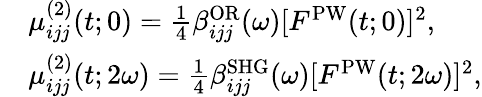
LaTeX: \begin{array}{rl}&{\mu_{ijj}^{(2)}(t;0)=\frac{1}{4}\beta_{ijj}^{\mathrm{OR}}(\omega)[F^{\mathrm{PW}}(t;0)]^{2},}\\ &{\mu_{ijj}^{(2)}(t;2\omega)=\frac{1}{4}\beta_{ijj}^{\mathrm{SHG}}(\omega)[F^{\mathrm{PW}}(t;2\omega)]^{2},}\end{array}